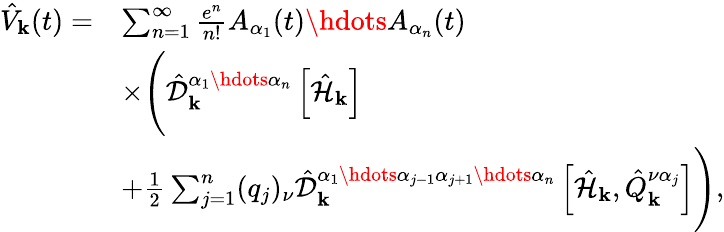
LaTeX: \begin{array}{rl}{\hat{V}_{\mathbf{k}}(t)=}&{\sum_{n=1}^{\infty}\frac{e^{n}}{n!}A_{\alpha_{1}}(t)\hdots A_{\alpha_{n}}(t)}\\ &{\times\Bigg(\hat{\mathcal{D}}_{\mathbf{k}}^{\alpha_{1}\hdots\alpha_{n}}\left[\hat{\mathcal{H}}_{\mathbf{k}}\right]}\\ &{+\frac{1}{2}\sum_{j=1}^{n}(q_{j})_{\nu}\hat{\mathcal{D}}_{\mathbf{k}}^{\alpha_{1}\hdots\alpha_{j-1}\alpha_{j+1}\hdots\alpha_{n}}\left[\hat{\mathcal{H}}_{\mathbf{k}}\right.,\left.\hat{Q}_{\mathbf{k}}^{\nu\alpha_{j}}\right]\Bigg)\mathrm{,}}\end{array}